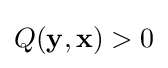
Q(\mathbf {y} ,\mathbf {x} )>0